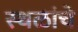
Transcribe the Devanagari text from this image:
स्‍थळांचे